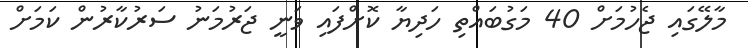
މާލޭގައި ޖެހުމަށް 40 މަގުބައްތި ހަދިޔާ ކޮށްފައި ވަނީ ޖަރުމަނު ސަރުކާރުން ކަމަށް